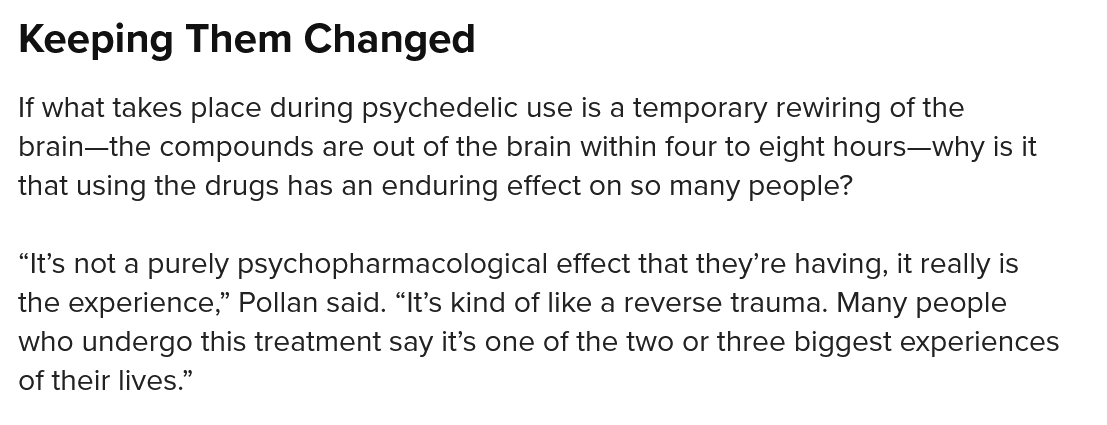
If what takes place during psychedelic use is a temporary rewiring of the
  brain—the compounds are  out of the brain within four to eight hours—why is it
  that using the drugs has an enduring effect on so many people?
  “It's not a purely psychopharmacological effect that they’re having, it really is
  the experience,” Pollan said. “It’s kind of like a reverse trauma. Many people
  who undergo this treatment say it’s one of the two or three biggest experiences
  of their lives.”
  Keeping    Them    Changed